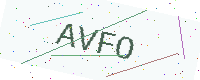
Text: AVFO